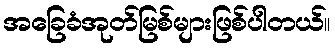
အခြေခံအုတ်မြစ်များဖြစ်ပါတယ်။